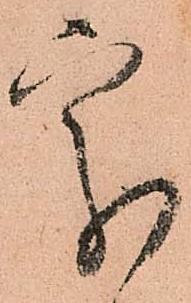
處